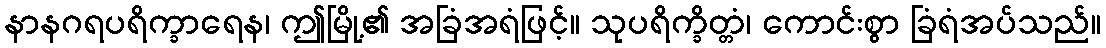
နာနဂရပရိက္ခာရေန၊ ဤမြို့၏ အခြံအရံဖြင့်။ သုပရိက္ခိတ္တံ၊ ကောင်းစွာ ခြံရံအပ်သည်။